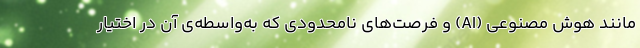
مانند هوش مصنوعی (AI) و فرصت‌های نامحدودی که به‌واسطه‌ی آن در اختیار